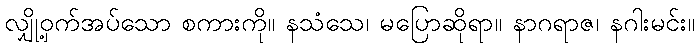
လျှို့ဝှက်အပ်သော စကားကို။ နသံသေ၊ မပြောဆိုရာ။ နာဂရာဇ၊ နဂါးမင်း။